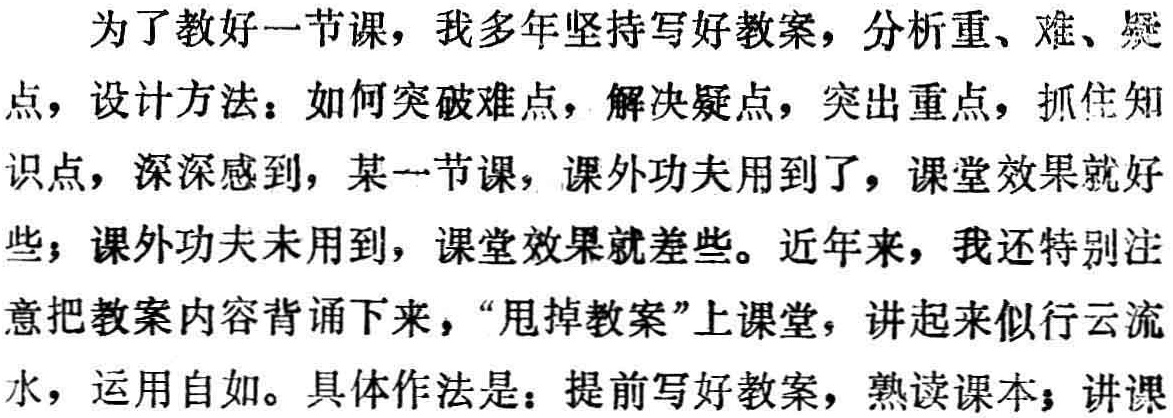
为了教好一节课，我多年坚持写好教案，分析重、难、疑
点，设计方法：如何突破难点，解决疑点，突出重点，抓住知
识点，深深感到，某一节课，课外功夫用到了，课堂效果就好
些；课外功夫未用到，课堂效果就差些。近年来，我还特别注
意把教案内容背诵下来，“甩掉教案”上课堂，讲起来似行云流
水，运用自如。具体作法是：提前写好教案，熟读课本；讲课